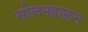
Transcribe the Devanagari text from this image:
सोलनहाफ़न